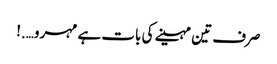
صرف تین مہینے کی بات ہے مہرو….!